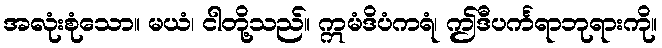
အလုံးစုံသော။ မယံ၊ ငါတို့သည်။ ဣမံဒိပံကရံ၊ ဤဒီပင်္ကရာဘုရားကို။